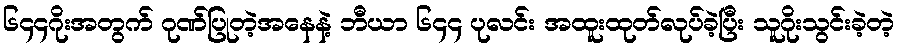
၆၄၄ဂိုးအတွက် ဂုဏ်ပြုတဲ့အနေနဲ့ ဘီယာ ၆၄၄ ပုလင်း အထူးထုတ်လုပ်ခဲ့ပြီး သူဂိုးသွင်းခဲ့တဲ့